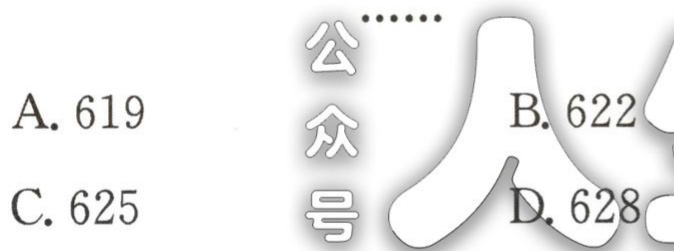
A. 619
公众号
B. 622
C. 625
D. 628